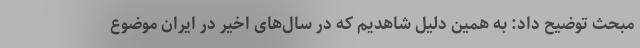
مبحث توضیح داد: به همین دلیل شاهدیم که در سال‌های اخیر در ایران موضوع